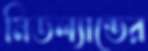
মিডল্যান্ডের